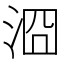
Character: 㴄